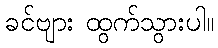
ခင်ဗျား ထွက်သွားပါ။